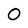
Character: 0